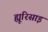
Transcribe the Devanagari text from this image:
ह्यूरिसाइ